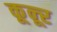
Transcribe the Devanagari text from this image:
कून्‍ूर